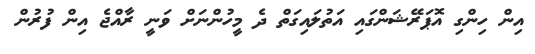
އިން ހިންގި އޮޕަރޭޝަންގައި އަތުލައިގަތް ދެ މީހުންނަށް ވަނީ ރާއްޖެ އިން ފުރުން